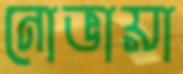
নোভায়া